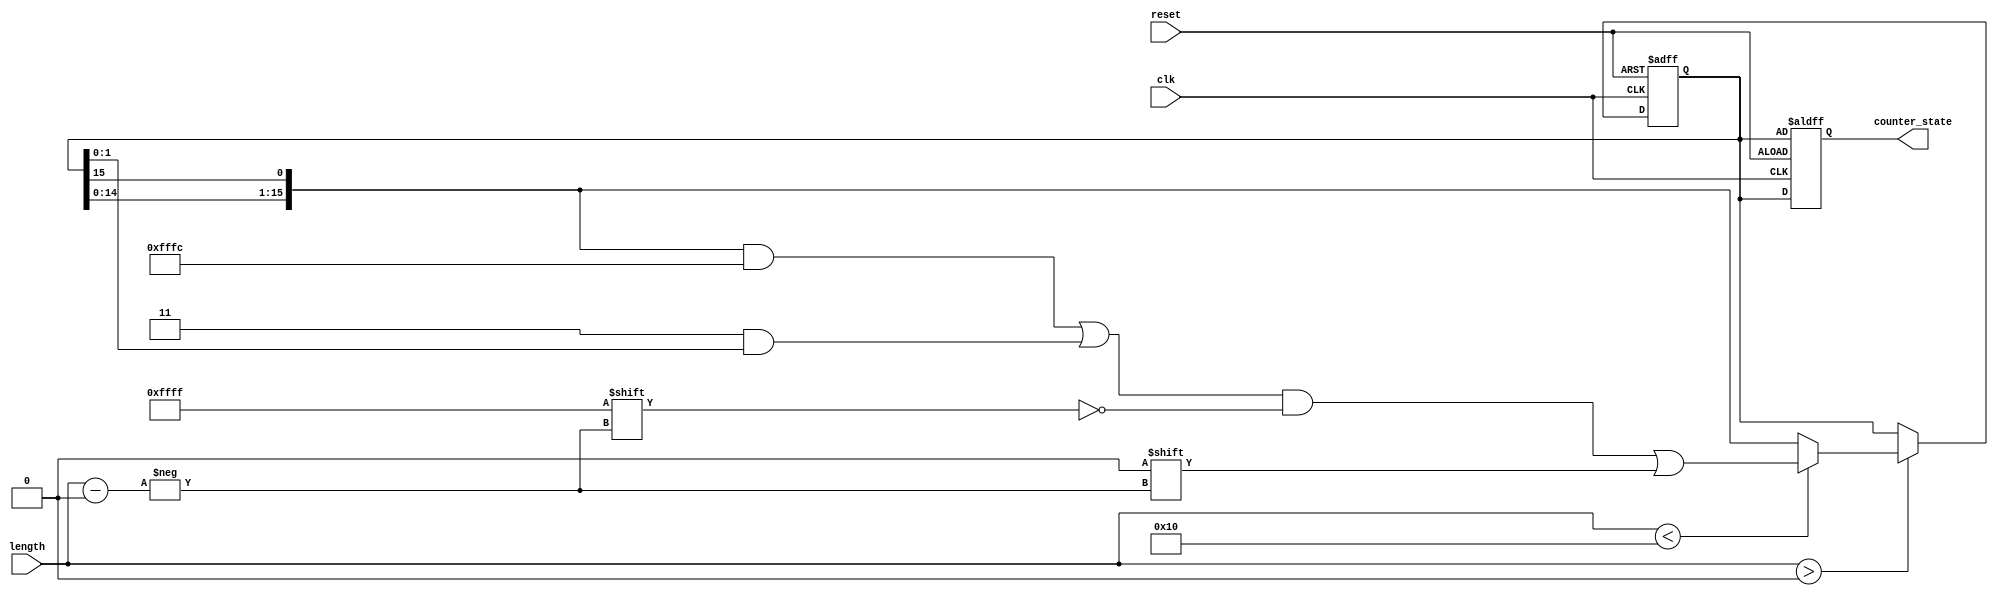
module variable_length_ring_counter (
    input wire clk,                    // Clock input
    input wire reset,                  // Reset input
    input wire [3:0] length,           // Desired length of the counter (max length = 15)
    output reg [15:0] counter_state     // Counter state output (up to 16 bits)
);

    reg [15:0] ff; // Internal flip-flop storage

    always @(posedge clk or posedge reset) begin
        if (reset) begin
            // Initialize the counter with the first bit set to '1' and others to '0'
            ff <= 16'b0;
            ff[0] <= 1'b1; // Set the first flip-flop to '1'
            counter_state <= ff; // Update the output
        end else begin
            // Shift the '1' through the flip-flops based on the specified length
            if (length > 0) begin
                // Shift the '1' to the next position
                ff <= {ff[14:0], ff[15]}; // Rotate right

                // Clear bits beyond the desired length
                if (length < 16) begin
                    ff[length-1:0] <= ff[length-1:0]; // Keep the valid bits
                    ff[15:length] <= 0; // Clear invalid bits
                end
            end

            // Update the output state
            counter_state <= ff;
        end
    end

endmodule